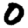
Digit: 0